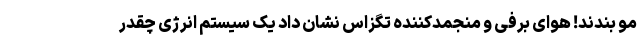
مو بندند! هوای برفی و منجمدکننده تگزاس نشان داد یک سیستم انرژی چقدر